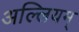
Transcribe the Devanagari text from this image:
अल्लियम्